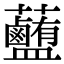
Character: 𧅽